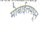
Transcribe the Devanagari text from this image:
मोबाईलमधून